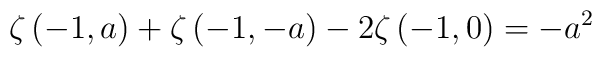
\zeta \left( -1,a\right) +\zeta \left( -1,-a\right) -2\zeta\left( -1,0\right) =-a^2